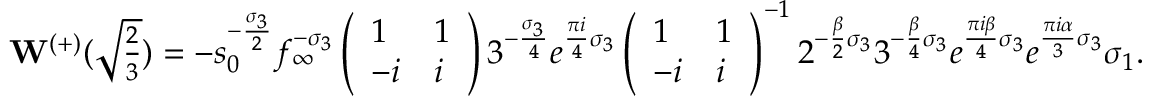
\mathbf { W } ^ { ( + ) } ( \textstyle \sqrt { \frac { 2 } { 3 } } ) = - s _ { 0 } ^ { - \frac { \sigma _ { 3 } } { 2 } } f _ { \infty } ^ { - \sigma _ { 3 } } \left( \begin{array} { l l } { 1 } & { 1 } \\ { - i } & { i } \end{array} \right) 3 ^ { - \frac { \sigma _ { 3 } } { 4 } } e ^ { \frac { \pi i } { 4 } \sigma _ { 3 } } \left( \begin{array} { l l } { 1 } & { 1 } \\ { - i } & { i } \end{array} \right) ^ { - 1 } 2 ^ { - \frac { { \beta } } { 2 } \sigma _ { 3 } } 3 ^ { - \frac { { \beta } } { 4 } \sigma _ { 3 } } e ^ { \frac { \pi i { \beta } } { 4 } \sigma _ { 3 } } e ^ { \frac { \pi i \alpha } { 3 } \sigma _ { 3 } } \sigma _ { 1 } .